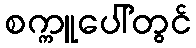
စက္ကူပေါ်တွင်